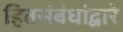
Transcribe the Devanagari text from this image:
हितसंबंधांद्वारे